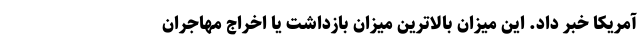
آمریکا خبر داد. این میزان بالاترین میزان بازداشت یا اخراج مهاجران